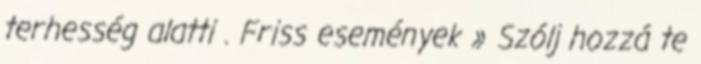
terhesség alatti . Friss események » Szólj hozzá te